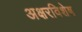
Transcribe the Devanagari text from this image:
अक्षरविशेष